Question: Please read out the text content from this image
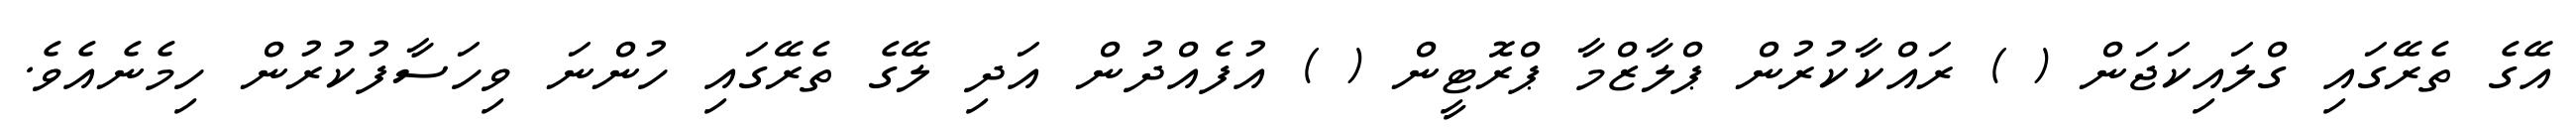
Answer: އޭގެ ތެރޭގައި ގްލައިކަޖަން ( ) ރައްކާކުރުން ޕްލާޒްމާ ޕްރޮޓީން ( ) އުފެއްދުން އަދި ލޭގެ ތެރޭގައި ހުންނަ ވިހަސާފުކުރުން ހިމެނެއެވެ.